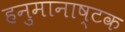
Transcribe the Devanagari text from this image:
हनुमानाष्टक